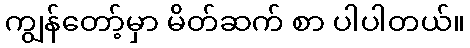
ကျွန်တော့်မှာ မိတ်ဆက် စာ ပါပါတယ်။